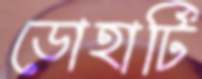
ডোহার্টি